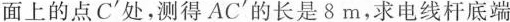
面上的点C^{\prime} 处，测得AC^{\prime} 的长是8m，求电线杆底端